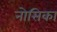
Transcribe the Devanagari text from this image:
नोसिका